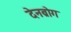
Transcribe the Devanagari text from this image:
देनब्रोग